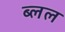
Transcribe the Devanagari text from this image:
ब्लल